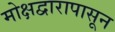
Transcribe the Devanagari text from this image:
मोक्षद्वारापासून